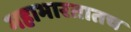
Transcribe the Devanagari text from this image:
महाभारतातच